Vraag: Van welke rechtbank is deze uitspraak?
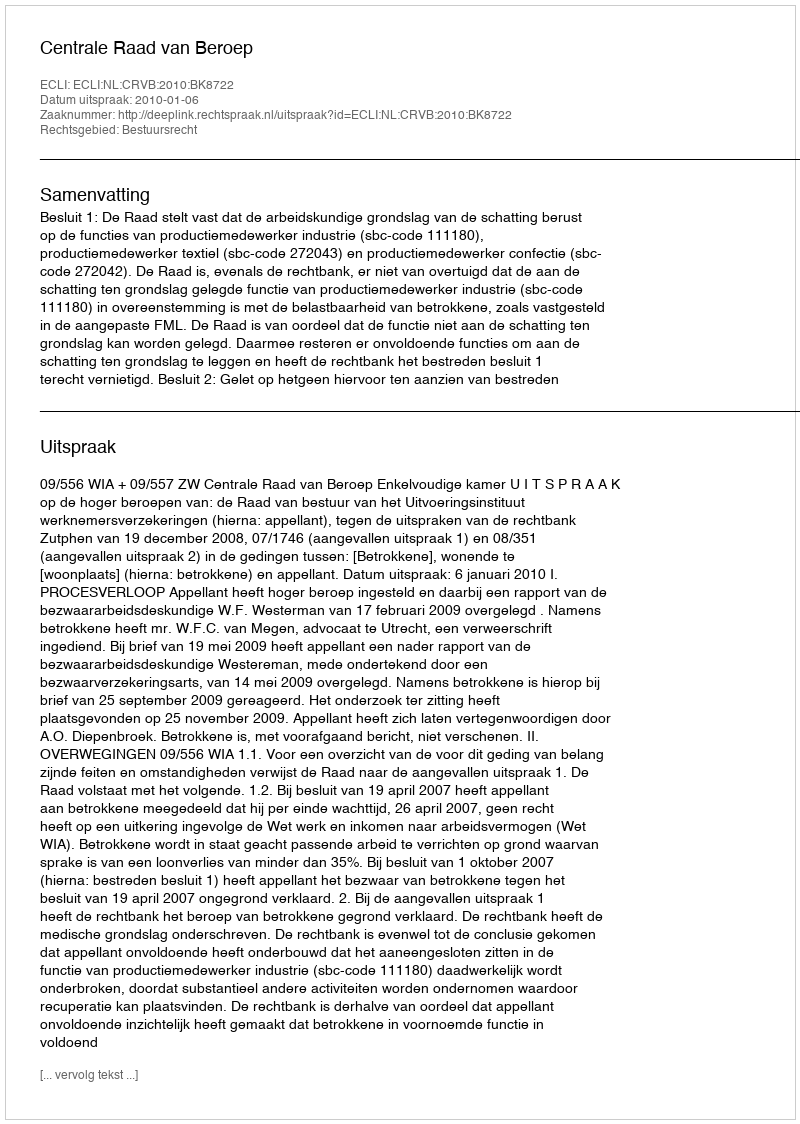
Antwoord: Centrale Raad van Beroep